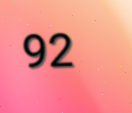
92